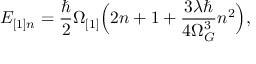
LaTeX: E _ { [ 1 ] n } = \frac { \hbar } { 2 } \Omega _ { [ 1 ] } \Bigl ( 2 n + 1 + \frac { 3 \lambda \hbar } { 4 \Omega _ { G } ^ { 3 } } n ^ { 2 } \Bigr ) ,